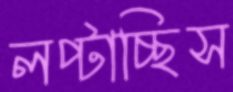
লপ্‌টাচ্ছিস